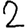
Digit: 2